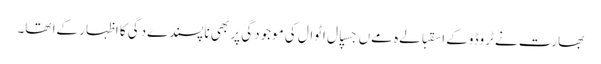
بھارت نے ٹروڈوکے اسقبالےہ مےں جسپال اٹوال کی موجودگی پر بھی ناپسندےدگی کا اظہار کےا تھا۔